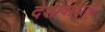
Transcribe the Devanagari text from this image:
देशीवादाला